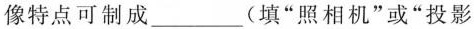
像特点可制成___(填”照相机”或”投影